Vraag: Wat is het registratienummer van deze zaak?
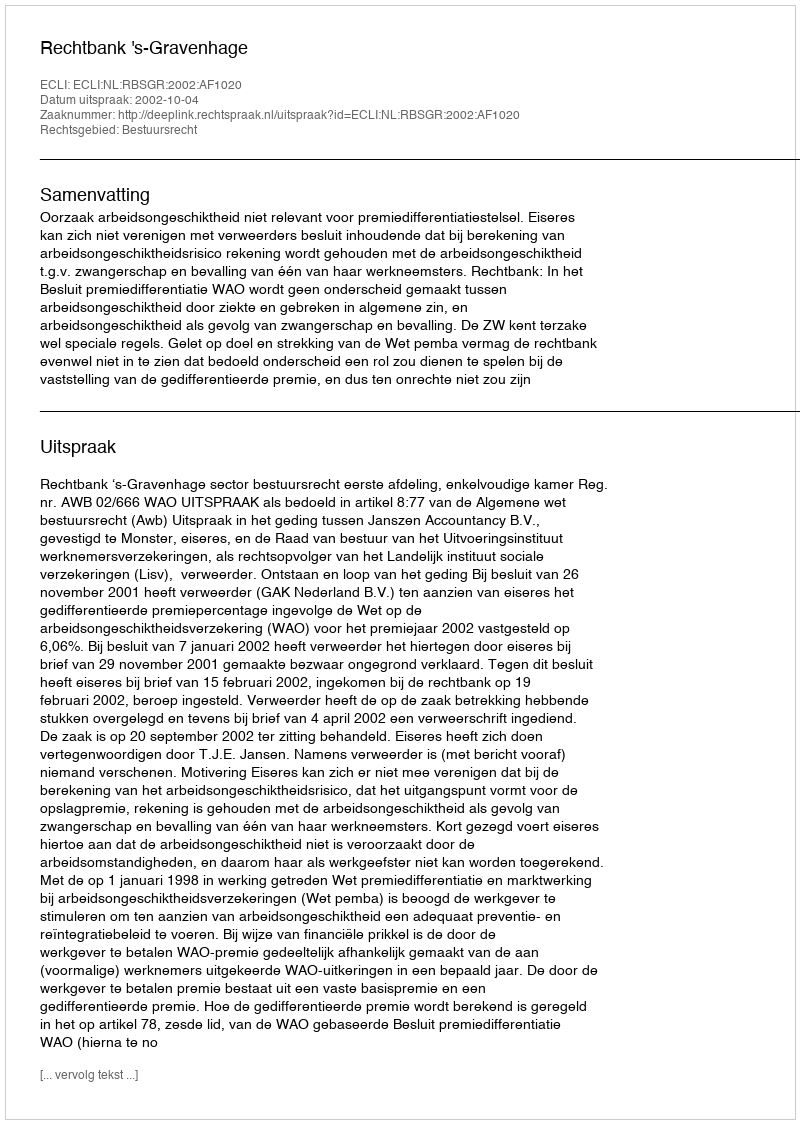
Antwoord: http://deeplink.rechtspraak.nl/uitspraak?id=ECLI:NL:RBSGR:2002:AF1020